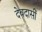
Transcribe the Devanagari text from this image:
देवदासीं